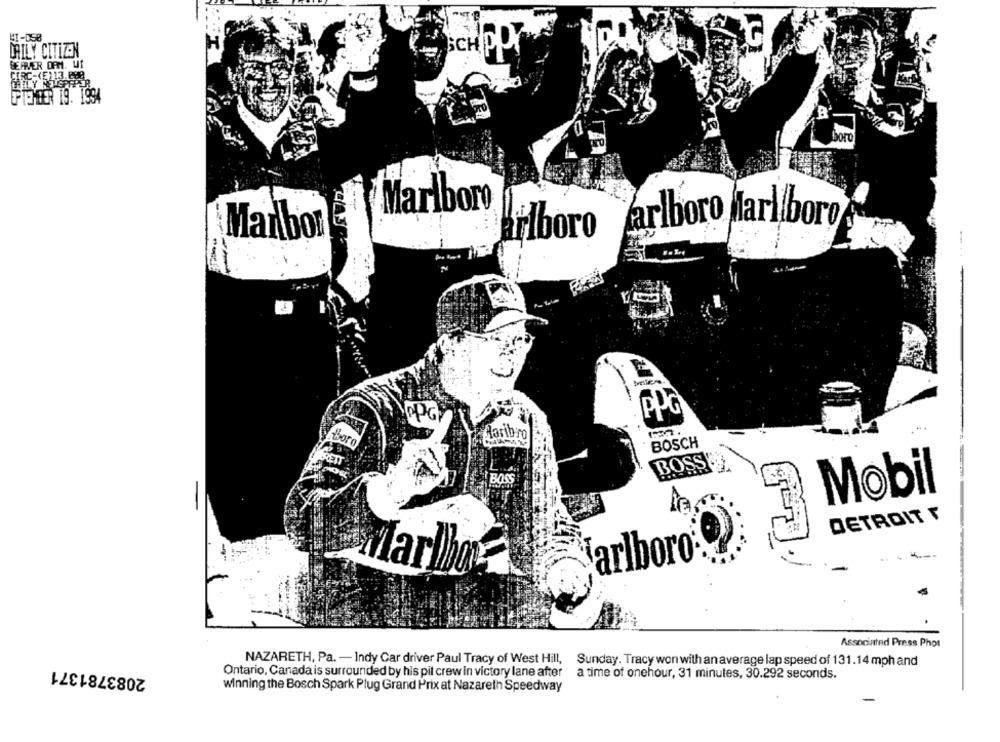
41-050
DAILY CITIZEN
SCHODY
BEAVER DFM. WI
CIRC-(E)13.698
AILY NS GPAPER
PIETER 19. 1994
Marlboro
flboro Marlboro Marlboro
Marlbor
PPG
Alaribro
BOSCH
BRETT
BOSS
Mobil
DETROIT
arlboro
Marlbor
Associated Press Phot
NAZARETH, Pa. - Indy Car driver Paul Tracy of West Hill,
2083781371
Sunday. Tracy won with an average lap speed of 131.14 mph and
Ontario, Canada is surrounded by his pit crew in victory lane after
a time of onehour, 31 minutes, 30.292 seconds.
winning the Bosch Spark Plug Grand Prix at Nazareth Speedway